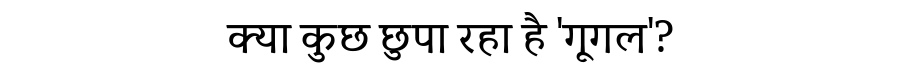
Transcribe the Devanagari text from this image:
क्या कुछ छुपा रहा है 'गूगल'?